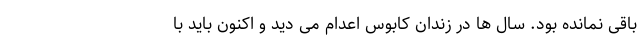
باقی نمانده بود. سال ها در زندان کابوس اعدام می دید و اکنون باید با